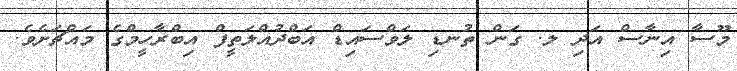
މޫސާ އިނާސް އަދި ލ. ގަން ތުނޑި ލަވްސައިޑް އަބްދުއްލަތީފް އިބްރާހީމްގެ މައްޗަށެވެ.